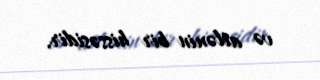
və ailənin bir hissəsidir.